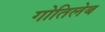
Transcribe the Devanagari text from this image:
गोतिलेब